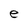
Character: e